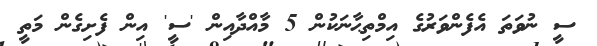
ސީ ނުވަތަ އެފެންވަރުގެ އިމްތިޙާނަކުން 5 މާއްދާއިން 'ސީ' އިން ފެށިގެން މަތީ